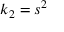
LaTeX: k _ { 2 } = s ^ { 2 }